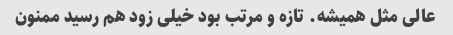
عالی مثل همیشه. تازه و مرتب بود خیلی زود هم رسید ممنون